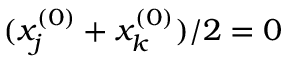
( x _ { j } ^ { ( 0 ) } + x _ { k } ^ { ( 0 ) } ) / 2 = 0